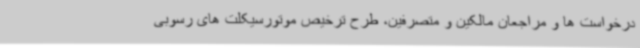
درخواست ها و مراجعان مالکین و متصرفین، طرح ترخیص موتورسیکلت های رسوبی